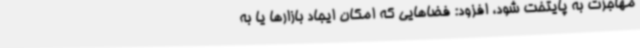
مهاجرت به پایتخت شود، افزود: فضاهایی که امکان ایجاد بازارها یا به